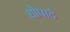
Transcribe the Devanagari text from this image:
धोपाटे